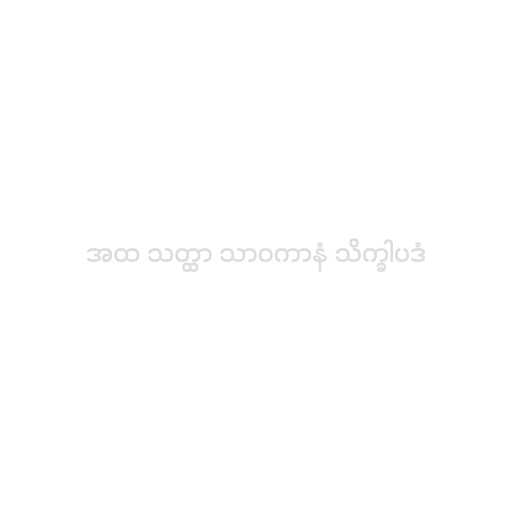
အထ သတ္ထာ သာဝကာနံ သိက္ခါပဒံ